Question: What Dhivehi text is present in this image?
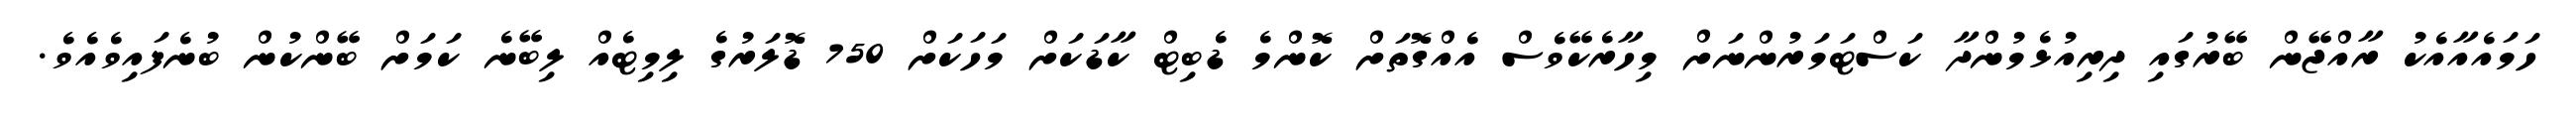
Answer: ހަމައެއާއެކު ރާއްޖޭން ބޭރުގައި ދިރިއުޅެމުންދާ ކަސްޓަމަރުންނަށް މިހާރެކޭވެސް އެއްގޮތަށް ކޮންމެ ޑެބިޓް ކާޑަކަށް މަހަކަށް 750 ޑޮލަރުގެ ލިމިޓެއް ލިބޭނެ ކަމަށް ބޭންކުން ބުނެފައިވެއެވެ.